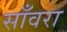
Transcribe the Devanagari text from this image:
साँवरा